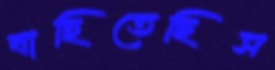
বাছিতেছিস